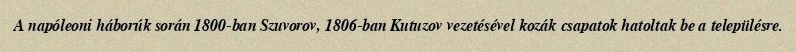
A napóleoni háborúk során 1800-ban Szuvorov, 1806-ban Kutuzov vezetésével kozák csapatok hatoltak be a településre.